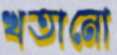
খতানো